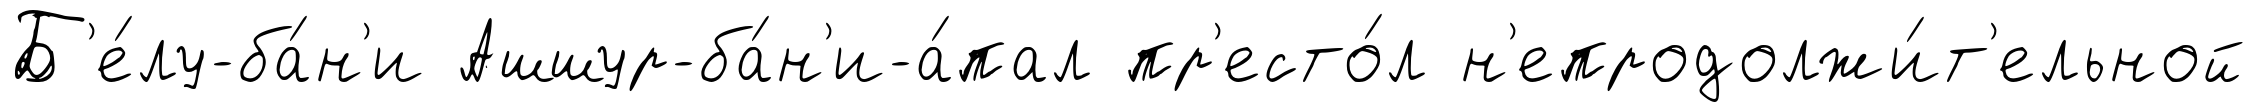
Б'е́лу-ба́н'и Ашшур-ба́н'и-а́пал пр'есто́л н'епродолжи́т'ельной